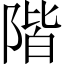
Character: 階